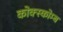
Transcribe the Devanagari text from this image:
कोक्स्कोम्ब